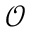
\mathcal { O }